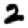
Digit: 2